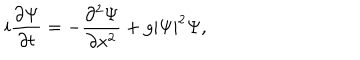
i \frac { \partial \Psi } { \partial t } = - \frac { \partial ^ { 2 } \Psi } { \partial x ^ { 2 } } + g | \Psi | ^ { 2 } \Psi ,